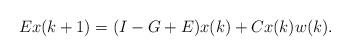
LaTeX: \begin{align*}Ex(k+1)=(I-G+E)x(k)+Cx(k)w(k).\end{align*}